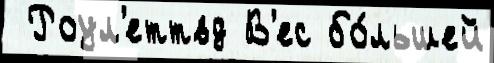
 Роул'еттвд В'ес бо́льшей